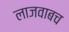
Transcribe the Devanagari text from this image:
लाजवाबच